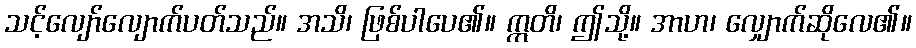
သင့်လျော်လျောက်ပတ်သည်။ အသိ၊ ဖြစ်ပါပေ၏။ ဣတိ၊ ဤသို့။ အာဟ၊ လျှောက်ဆိုလေ၏။